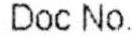
DOC NO.